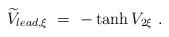
LaTeX: \begin{align*}\widetilde V_{lead,\xi}\ =\ -\tanh V_{2\xi}\ .\end{align*}